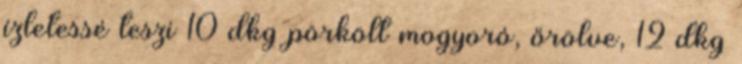
ízletessé teszi 10 dkg pörkölt mogyoró, őrölve, 12 dkg